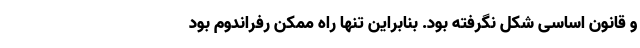
و قانون اساسی شکل نگرفته بود. بنابراین تنها راه ممکن رفراندوم بود